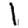
Digit: 1